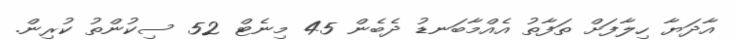
އާދަޔާ ހިލާފަށް ތަފާތު އެއްމާބަނޑު ދެބެން 45 މިނެޓް 52 ސިކުންތު ކުރިން.